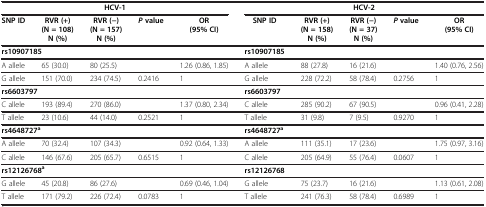
<table><thead><tr><td colspan="5"><b>HCV-1</b></td><td colspan="5"><b>HCV-2</b></td></tr><tr><td><b>SNP ID</b></td><td><b>RVR (+) (N = 108) N (%)</b></td><td><b>RVR (−) (N = 157) N (%)</b></td><td><b><i>P</i>value</b></td><td><b>OR (95% CI)</b></td><td><b>SNP ID</b></td><td><b>RVR (+) (N = 158) N (%)</b></td><td><b>RVR (−) (N = 37) N (%)</b></td><td><b><i>P</i>value</b></td><td><b>OR (95% CI)</b></td></tr></thead><tbody><tr><td colspan="5"><b>rs10907185</b></td><td><b>rs10907185</b></td><td colspan="4"> </td></tr><tr><td>A allele</td><td>65 (30.0)</td><td>80 (25.5)</td><td> </td><td>1.26 (0.86, 1.85)</td><td>A allele</td><td>88 (27.8)</td><td>16 (21.6)</td><td> </td><td>1.40 (0.76, 2.56)</td></tr><tr><td>G allele</td><td>151 (70.0)</td><td>234 (74.5)</td><td>0.2416</td><td>1</td><td>G allele</td><td>228 (72.2)</td><td>58 (78.4)</td><td>0.2756</td><td>1</td></tr><tr><td colspan="5"><b>rs6603797</b></td><td><b>rs6603797</b></td><td colspan="4"> </td></tr><tr><td>C allele</td><td>193 (89.4)</td><td>270 (86.0)</td><td> </td><td>1.37 (0.80, 2.34)</td><td>C allele</td><td>285 (90.2)</td><td>67 (90.5)</td><td> </td><td>0.96 (0.41, 2.28)</td></tr><tr><td>T allele</td><td>23 (10.6)</td><td>44 (14.0)</td><td>0.2521</td><td>1</td><td>T allele</td><td>31 (9.8)</td><td>7 (9.5)</td><td>0.9270</td><td>1</td></tr><tr><td colspan="5"><b>rs4648727</b><sup><b>a</b></sup></td><td><b>rs4648727</b><sup><b>a</b></sup></td><td colspan="4"> </td></tr><tr><td>A allele</td><td>70 (32.4)</td><td>107 (34.3)</td><td> </td><td>0.92 (0.64, 1.33)</td><td>A allele</td><td>111 (35.1)</td><td>17 (23.6)</td><td> </td><td>1.75 (0.97, 3.16)</td></tr><tr><td>C allele</td><td>146 (67.6)</td><td>205 (65.7)</td><td>0.6515</td><td>1</td><td>C allele</td><td>205 (64.9)</td><td>55 (76.4)</td><td>0.0607</td><td>1</td></tr><tr><td colspan="5"><b>rs12126768</b><sup><b>a</b></sup></td><td><b>rs12126768</b></td><td colspan="4"> </td></tr><tr><td>G allele</td><td>45 (20.8)</td><td>86 (27.6)</td><td> </td><td>0.69 (0.46, 1.04)</td><td>G allele</td><td>75 (23.7)</td><td>16 (21.6)</td><td> </td><td>1.13 (0.61, 2.08)</td></tr><tr><td>T allele</td><td>171 (79.2)</td><td>226 (72.4)</td><td>0.0783</td><td>1</td><td>T allele</td><td>241 (76.3)</td><td>58 (78.4)</td><td>0.6989</td><td>1</td></tr></tbody></table>